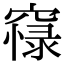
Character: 𥧴